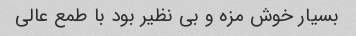
بسیار خوش مزه و بی نظیر بود با طمع عالی